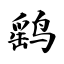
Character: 鹞